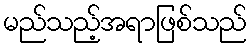
မည်သည့်အရာဖြစ်သည်